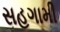
સહગામી